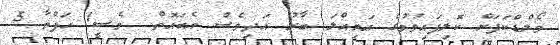
ވޯލްޑްކަޕަށް ކޮލިފައިވުމުގެ އަމިއްލަ ބާރު އަދިވެސް އެބައޮތް  މެސީ1 ހަފްތާ 5